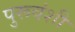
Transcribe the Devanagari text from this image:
पुरूवंशी